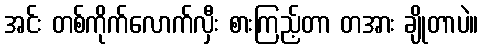
အင်း တစ်ကိုက်လောက်လှီး စားကြည့်တာ တအား ချိုတာပဲ။